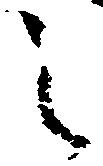
之